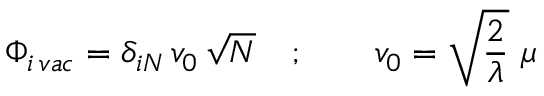
\Phi _ { i \, v a c } = \delta _ { i N } \, v _ { 0 } \, \sqrt { N } \quad ; \qquad v _ { 0 } = \sqrt { { \frac { 2 } { \lambda } } } \ \mu